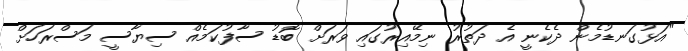
"އަޅުގަނޑުމެން ދެކެނީ އެ ދަތުރު ނިމޭއިރުގައި ވަރަށް ބޮޑު ސާފުކަމެއް ސިޔާސީ މަސްރަހަށް